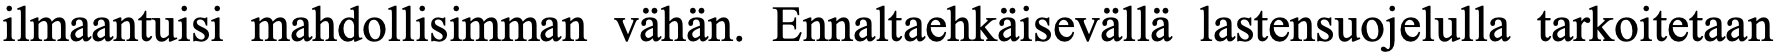
ilmaantuisi mahdollisimman vähän. Ennaltaehkäisevällä lastensuojelulla tarkoitetaan